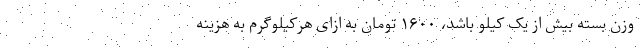
وزن بسته بیش از یک کیلو باشد، ۱۶۰۰ تومان به ازای هرکیلوگرم به هزینه